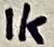
Text: 1K